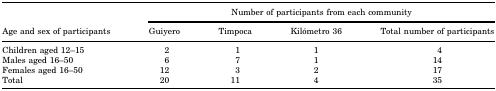
<table><thead><tr><td rowspan="2"><b>Age and sex of participants</b></td><td colspan="4"><b>Number of participants from each community</b></td></tr><tr><td><b>Guiyero</b></td><td><b>Timpoca</b></td><td><b>Kilómetro 36</b></td><td><b>Total number of participants</b></td></tr></thead><tbody><tr><td>Children aged 12–15</td><td>2</td><td>1</td><td>1</td><td>4</td></tr><tr><td>Males aged 16–50</td><td>6</td><td>7</td><td>1</td><td>14</td></tr><tr><td>Females aged 16–50</td><td>12</td><td>3</td><td>2</td><td>17</td></tr><tr><td>Total</td><td>20</td><td>11</td><td>4</td><td>35</td></tr></tbody></table>